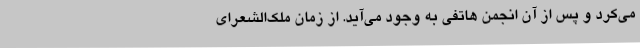
می‌کرد و پس از آن انجمن هاتفی به وجود می‌آید. از زمان ملک‌الشعرای